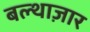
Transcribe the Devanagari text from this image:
बल्थाज़ार